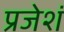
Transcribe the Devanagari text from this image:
प्रजेशं